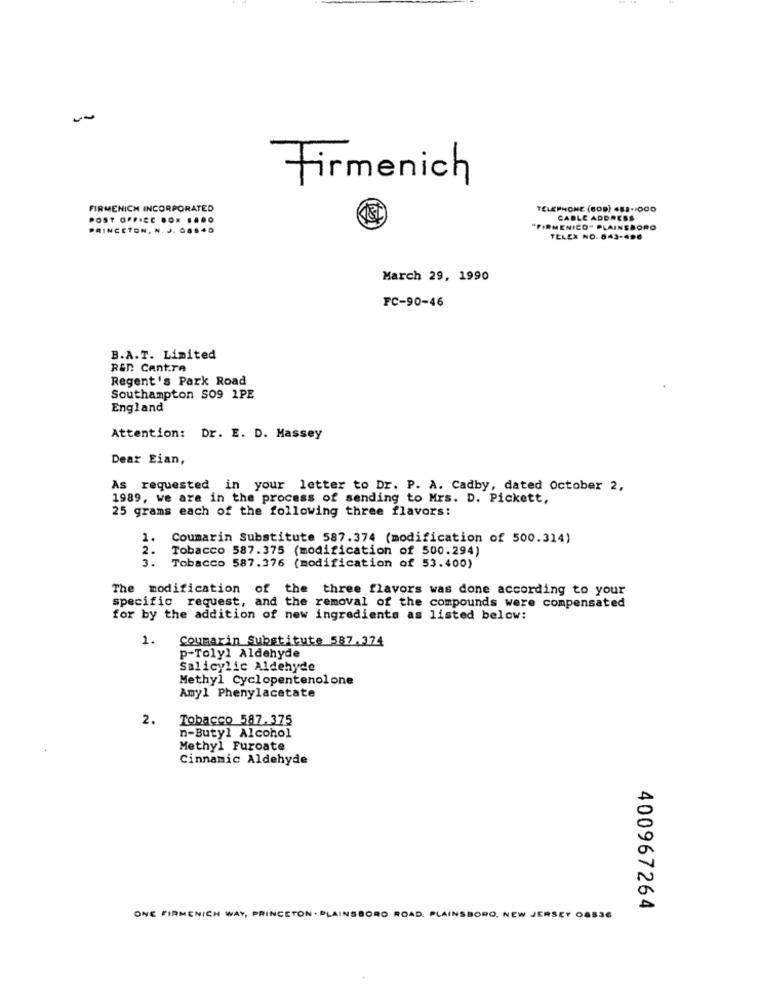
Firmenich
FIRMENICH INCORPORATED
TELEPHONE (609) 482-1000
POST OFFICE ... ... O
CABLE ADDRESS
PRINCETON, N. J. Gas 4D
"FIRMENICO" PLAINEBORO
TELEX NO. 843-496
March 29, 1990
FC-90-46
B.A.T. Limited
R&D Centre
Regent's Park Road
Southampton SO9 1PE
England
Attention: Dr. E. D. Massey
Dear Eian,
As requested in your letter to Dr. P. A. Cadby, dated October 2,
1989, we are in the process of sending to Mrs. D. Pickett,
25 grams each of the following three flavors:
1.
Coumarin Substitute 587.374 (modification of 500.314)
2.
Tobacco 587.375 (modification of 500.294)
3.
Tobacco 587.376 (modification of 53.400)
The modification of the three flavors was done according to your
specific request, and the removal of the compounds were compensated
for by the addition of new ingredients as listed below:
1.
Coumarin Substitute 587.374
p-Tolyl Aldehyde
Salicylic Aldehyde
Methyl Cyclopentenolone
Amyl Phenylacetate
2.
Tobacco 587.375
n-Butyl Alcohol
Methyl Furoate
Cinnamic Aldehyde
400967264
ONE FIRMENICH WAY, PRINCETON . PLAINSBORO ROAD. PLAINSBORO, NEW JERSEY OSS36